38_143685_box7_Incident_Summaries_1-100
Agency: Department of War
Page 203
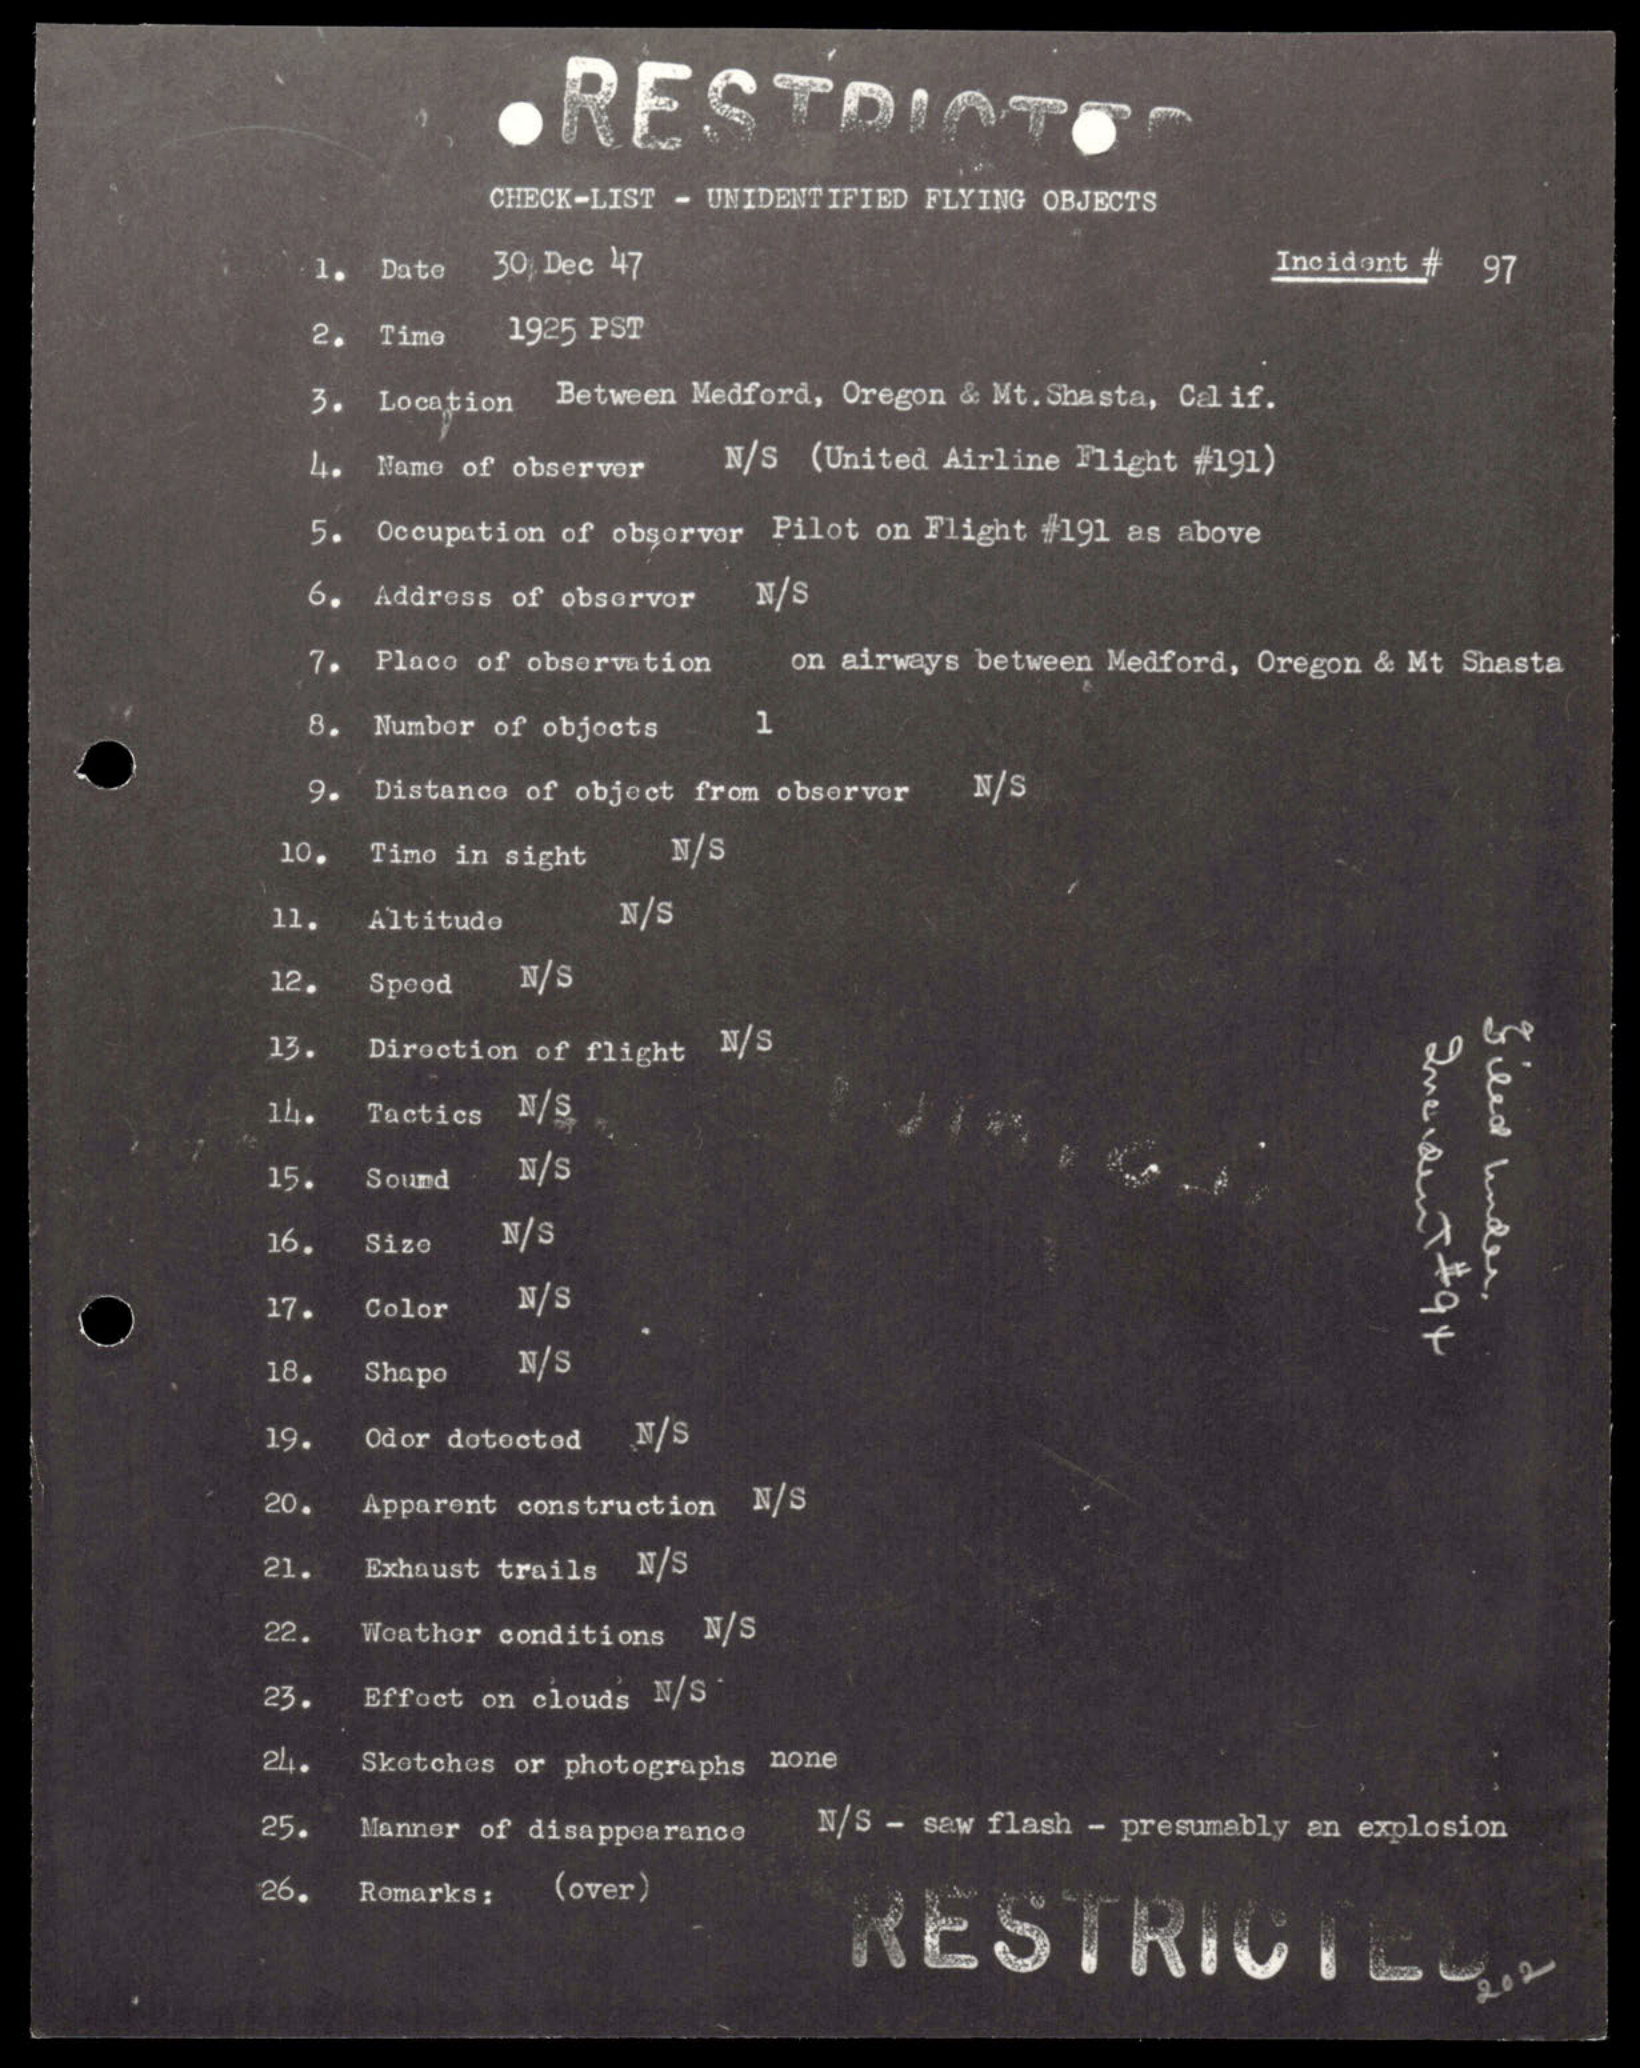